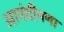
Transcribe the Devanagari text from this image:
आनंदीपणा